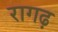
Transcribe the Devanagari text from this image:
रागढ़